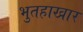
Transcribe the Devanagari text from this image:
भुतहाखार